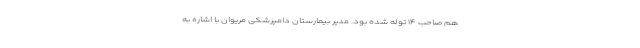
هم صاحب ۱۴ توله شده بود. مدیر بیمارستان دامپزشکی مریوان با اشاره به